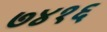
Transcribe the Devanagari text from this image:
७४१६